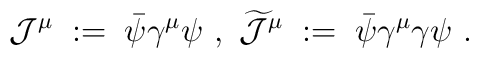
{\mathcal J}^\mu\;:=\;\bar{\psi} \gamma^\mu \psi \ , \  \widetilde{{\mathcal J}}^\mu \;:=\; \bar{\psi} \gamma^\mu \gamma    \psi \ .